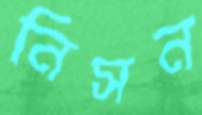
নিসন